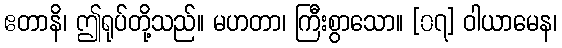
ဧတာနိ၊ ဤရုပ်တို့သည်။ မဟတာ၊ ကြီးစွာသော။ [၀၇] ဝါယာမေန၊